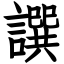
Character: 譔